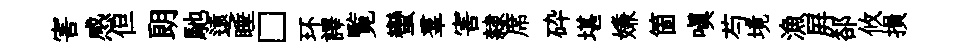
害感但朗馳遠睡□环譯覧蠻羣害隸席砕堪嫌箇嗔芍境漁屛郤攸損